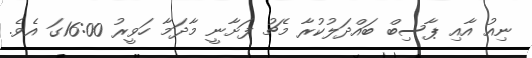
ނިއު އާއި ޕާސިބް ބައްދަލުކުރާ މެޗު ފަށާނީ މާދަމާ ހަވީރު 16:00ގަ އެވެ.